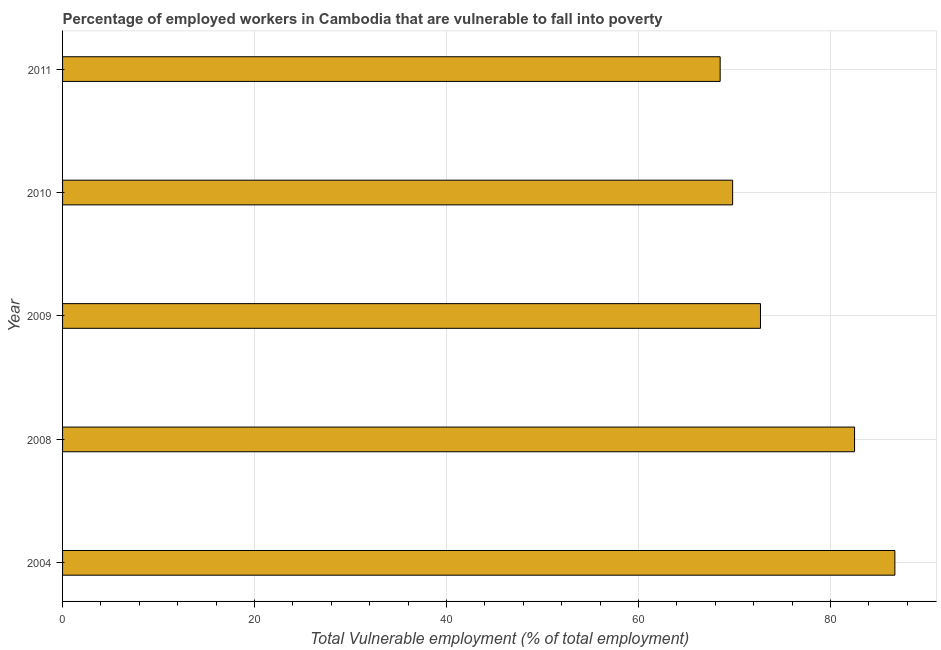
| Year | Vulnerable employment |
 | --- | --- |
 | 2004 | 86.7 |
 | 2008 | 82.5 |
 | 2009 | 72.7 |
 | 2010 | 69.8 |
 | 2011 | 68.5 |